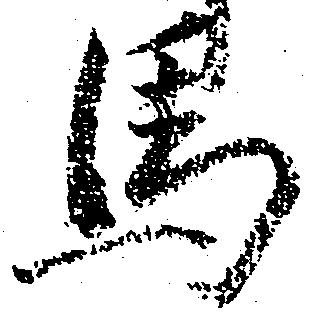
馬